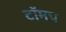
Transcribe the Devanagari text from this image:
टॉमच